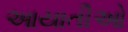
આયાતીઓ